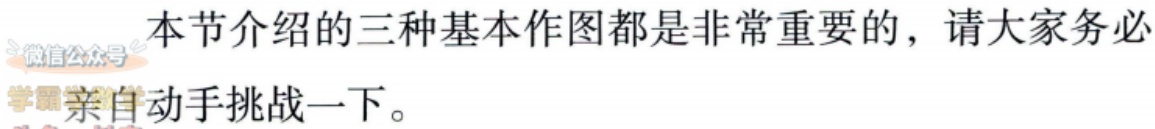
本节介绍的三种基本作图都是非常重要的，请大家务必
学 亲自动手挑战一下。